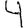
Digit: 4